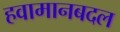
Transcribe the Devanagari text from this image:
हवामानबदल